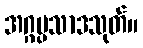
အဂ္ဂပ္ပသာဒသုတ်။